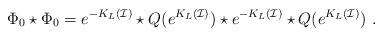
LaTeX: \begin{align*}\Phi_0\star \Phi_0=e^{-K_L(\mathcal{I})}\star Q(e^{K_L(\mathcal{I})})\star e^{-K_L(\mathcal{I})}\star Q(e^{K_L(\mathcal{I})}) \ .\end{align*}